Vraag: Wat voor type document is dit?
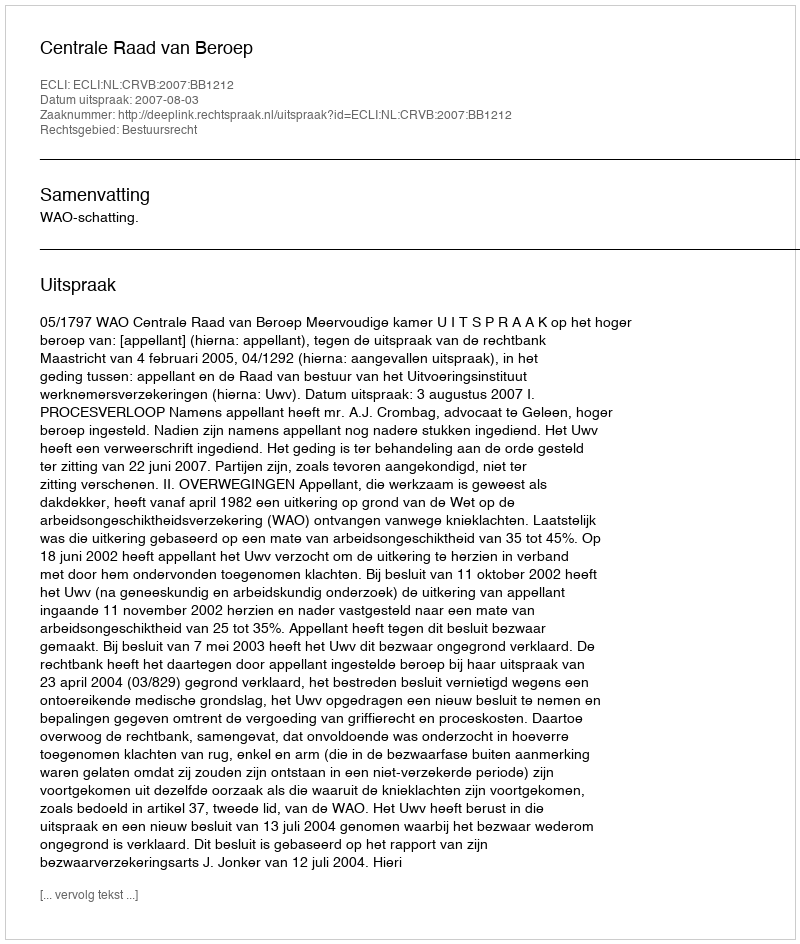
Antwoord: Uitspraak